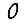
Digit: 0